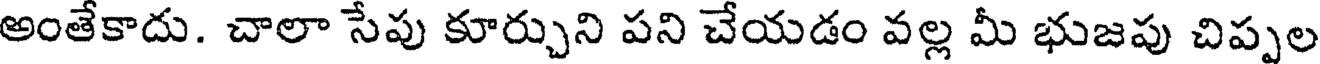
అంతేకాదు. చాలా సేపు కూర్చుని పని చేయడం వల్ల మీ భుజపు చిప్పల